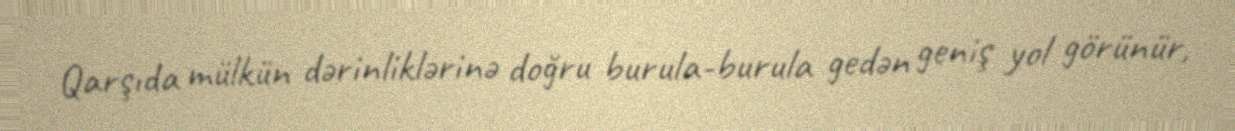
Qarşıda mülkün dərinliklərinə doğru burula-burula gedən geniş yol görünür,